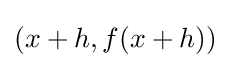
(x+h,f(x+h))